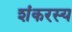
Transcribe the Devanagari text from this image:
शंकरस्य